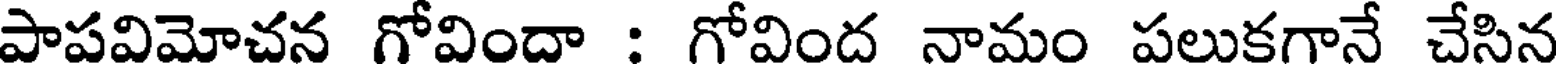
పాపవిమోచన గోవిందా : గోవింద నామం పలుకగానే చేసిన